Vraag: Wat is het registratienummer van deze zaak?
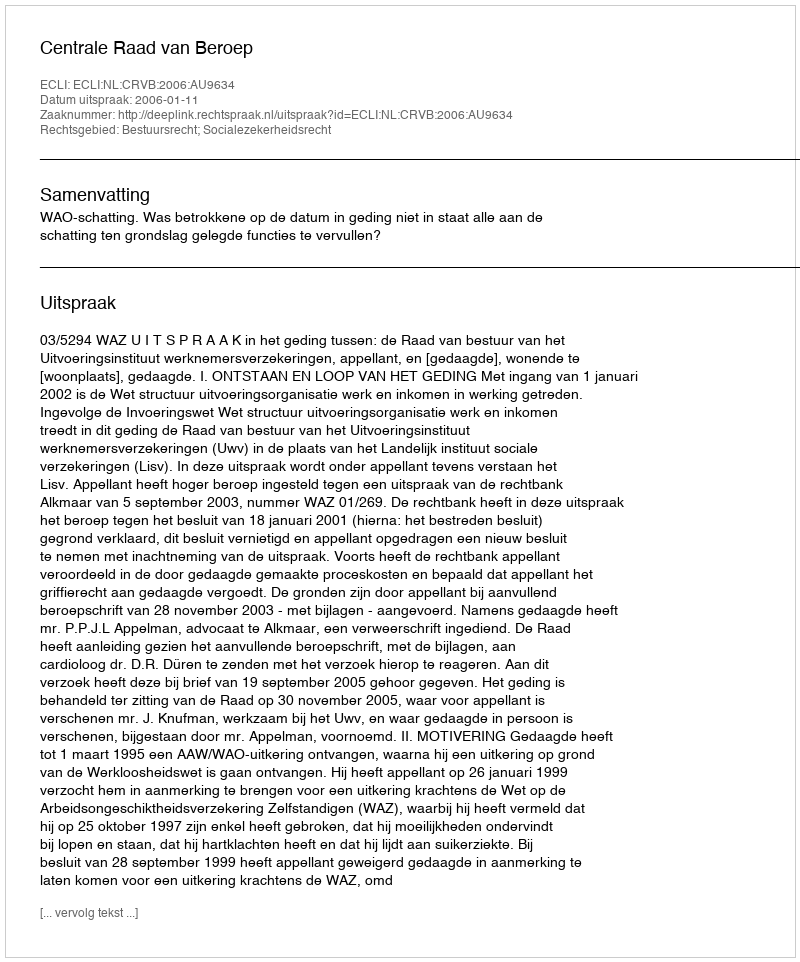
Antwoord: http://deeplink.rechtspraak.nl/uitspraak?id=ECLI:NL:CRVB:2006:AU9634